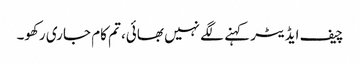
چیف ایڈیٹر کہنے لگے نہیں بھائی، تم کام جاری رکھو۔